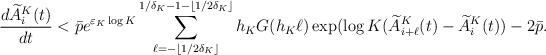
LaTeX: \begin{align*} {d \widetilde A^K_{i}(t)\over dt}< \bar p e^{\varepsilon_K\log K } \sum_{\ell=-\lfloor 1/2\delta_K\rfloor}^{1/\delta_K-1-\lfloor 1/2\delta_K\rfloor} h_{K} G(h_{K}\ell) \exp(\log K (\widetilde A^K_{i+\ell}(t)- \widetilde A^K_{i}(t)) - 2 \bar p.\end{align*}